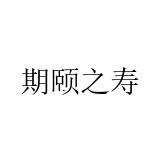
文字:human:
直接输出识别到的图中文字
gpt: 期颐之寿